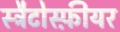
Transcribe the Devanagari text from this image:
स्ट्रैटोस्फ़ीयर